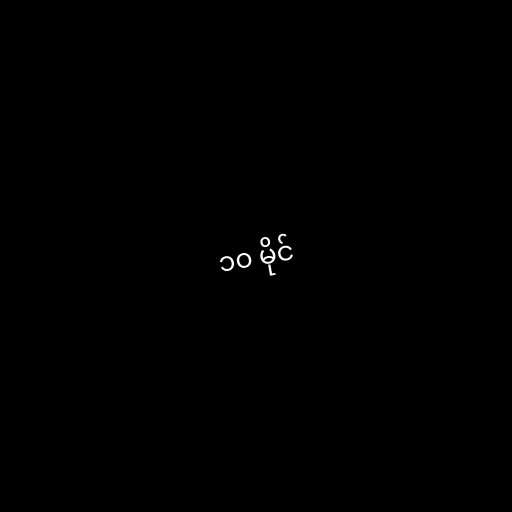
၁၀ မိုင်